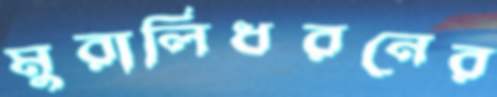
মুরালিধরনের